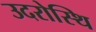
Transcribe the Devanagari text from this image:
उदरोस्थि